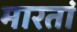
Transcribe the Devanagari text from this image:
मारतां